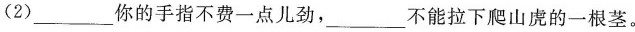
(2)___你的手指不费一点儿劲，____不能拉下爬山虎的一根茎。